Vital statistics of India. Vol. IV, Annual returns from 1871 to 1876. British Army of India, Native Army and jails of Bengal
Year: 1871
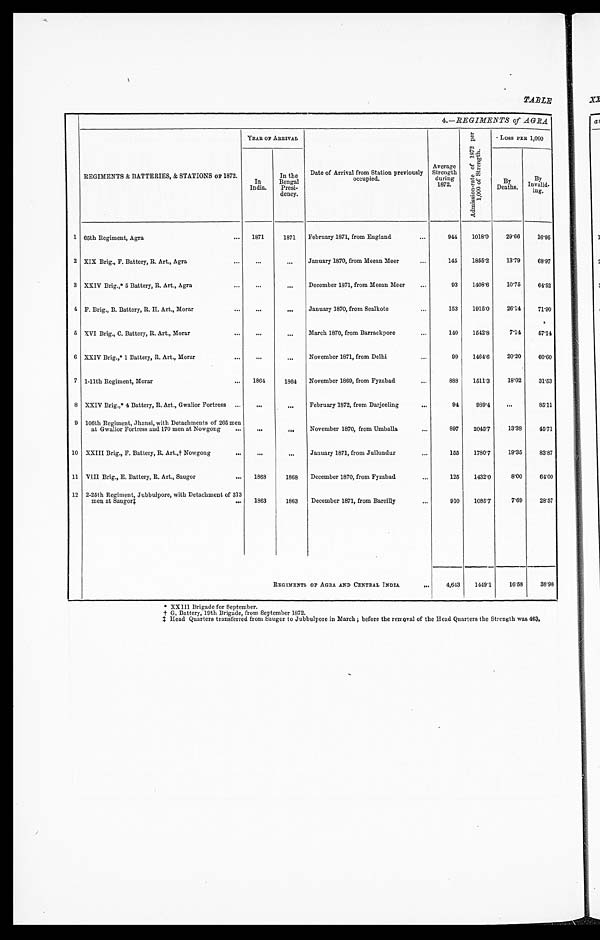
TABLE
4,REGIMENTS of AGRA
REGIMENTS & BATTERIES, & STATIONS OF 1872.
YEAR OF ARRIVAL
Date of Arrival from Station previously
occupied.
Average
Strength during
1872.
A d m i s s i o n - r a t e o f 1 8 7 2 p e r 1 , 0 0 0 o f S t r e n g t h .
Loss PER 1,000
In
India.
In the
Bengal Presi-
dency.
BY
Deaths.
By
Invalid- ing.
1 65th Regiment, Agra
... 1871
1871 February 1871, from England
...
944 1018.0
29.66 16.95
2 XIX Brig., F. Battery, R. Art,, Agra
... ...
... January 1870, from Meean Meer
...
145 1855.2
13.79
68.97
3 XXIV Brig.,* 5 Battery, R. Art., Agra
... ...
... December 1871, from Meean Meer ...
93 1408.6
10.75
64.52
4 F. Brig., B. Battery, R. H. Art., Morar
... ...
... January 1870, from Sealkote
...
153 1915.0 26.14 71.90
5 XVI Brig., C. Battery, R. Art,, Morar
... ...
... March 1870, from Barrackpore . . .
140 1542.8
7.14
57.14
6 XXIV Brig.,* 1 Battery, R. Art., Morar
... ...
-- November 1871, from Delhi
...
99 1464.6
20.20 60.60
7 1-11th Regiment, Morar
... 1864
1864 November 1869, from Fyzabad
...
888 1511.3 18.02 31.53
8 XXIV Brig.,* 4 Battery, R. Art., Gwalior Fortress ... ..
. . . February 1872, from Darjeeling • • •
94
989.4 ...
85.11
9 106th Regiment, Jhansi, with Detachments of 265 men
at Gwalior Fortress and 170 men at Nowgong ... . . .
. . .
November 1870, from Umballa
...
897 2045.7 13.38
45.71
10 XXIII Brig., F. Battery, R. Art.,†Nowgong
••• • .
. . . January 1871, from Jullundur
...
155 1780.7
19.35 83.87
11 VIII Brig., E. Battery, R. Art., Saugor
... 1868
1868 December 1870, from Fyzabad
...
125 1432.0
8.00 64.00
12 2-25th Regiment, Jubbulpore, with Detachment of 313
men at Saugor ‡
... 1863
1863 December 1871, from Bareilly
...
910 1085.7
7.69 28.57
REGIMENTS OF AGRA AND CENTRAL INDIA
... 4,643 1449.1
16.58
38.98
* XXIII Brigade for September.
† G . B a t t e r y , 1 9 t h B r i g a d e , f r o m S e p t e m b e r 1 8 7 2 .
‡ Head Quarters transferred from Saugor to Jubbulpore in March; before the removal of the Head Quarters the Strength was 463.